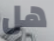
هل